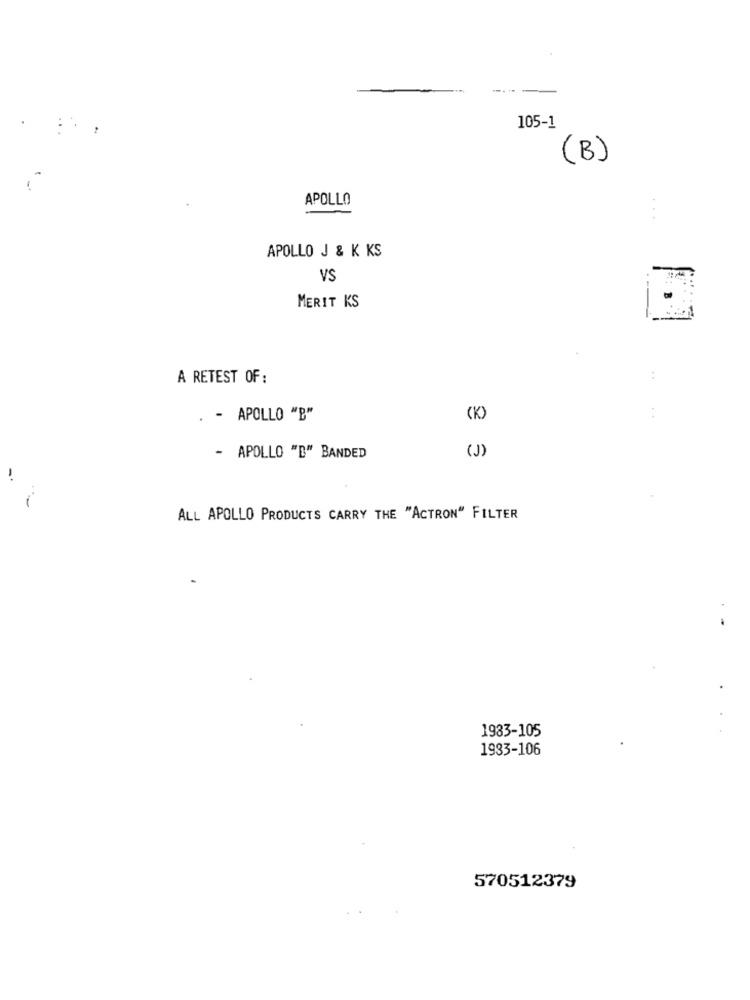
105-1
(B)
APOLLO
...
APOLLO J & K KS
VS
MERIT KS
A RETEST OF:
. .
. - APOLLO "B"
(K)
..
(J)
- APOLLO "B" BANDED
ALL APOLLO PRODUCTS CARRY THE "ACTRON" FILTER
1983-105
1933-106
570512379